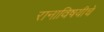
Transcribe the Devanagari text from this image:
रानाविषयीचे